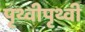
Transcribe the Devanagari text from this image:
पृथ्वीपृथ्वी